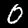
Digit: 0